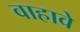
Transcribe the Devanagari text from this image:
वाहावे